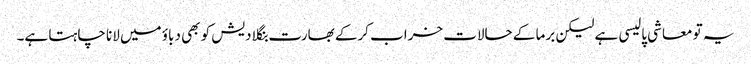
یہ تو معاشی پالیسی ہے لیکن برما کے حالات خراب کرکے بھارت بنگلا دیش کو بھی دباؤ میں لانا چاہتا ہے۔